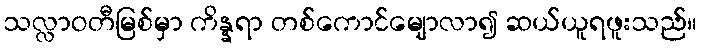
သလ္လာဝတီမြစ်မှာ ကိန္နရာ တစ်ကောင်မျောလာ၍ ဆယ်ယူရဖူးသည်။